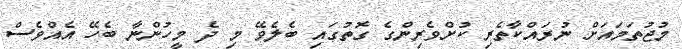
މުޖުތަމައަށް ނުރައްކާތެރި ކުށްވެރިންގެ ގޮތުގައި ބެލެވޭ މި ދެ މީހުންނާ ބެހޭ އެއްވެސް